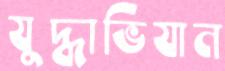
যুদ্ধাভিযান